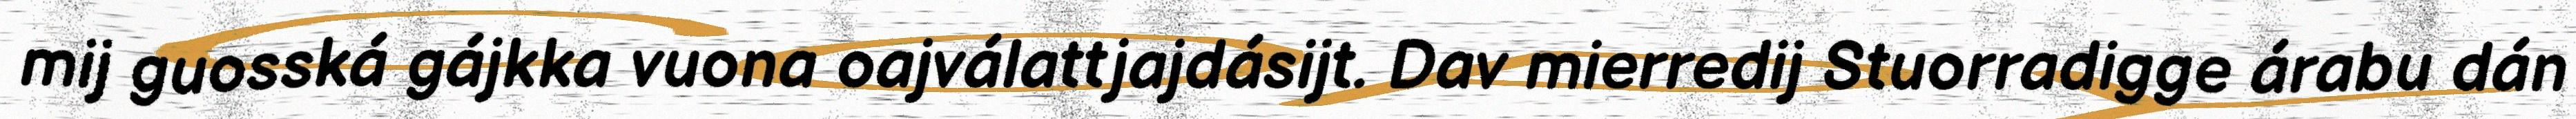
mij guosská gájkka vuona oajválattjajdásijt. Dav mierredij Stuorradigge árabu dán